画像に写った文字を読んでください
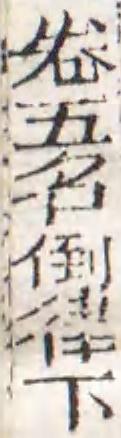
「卷五名倒律下」と書いてあります